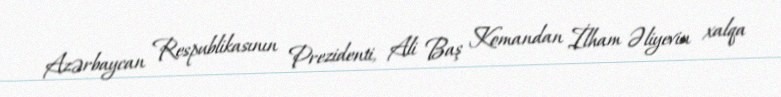
Azərbaycan Respublikasının Prezidenti, Ali Baş Komandan İlham Əliyevin xalqa